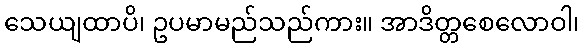
သေယျထာပိ၊ ဥပမာမည်သည်ကား။ အာဒိတ္တစေလောဝါ၊